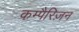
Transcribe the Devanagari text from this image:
कम्पैरिज़न